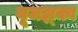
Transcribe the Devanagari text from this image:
यूजझ्‌का